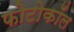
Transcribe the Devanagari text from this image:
फोटोकॉल